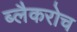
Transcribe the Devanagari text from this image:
ब्लैकरोच